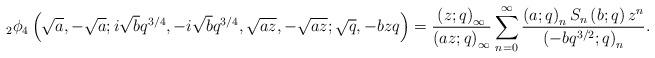
LaTeX: \begin{align*}_{2}\phi_{4}\left(\sqrt{a},-\sqrt{a};i\sqrt{b}q^{3/4},-i\sqrt{b}q^{3/4},\sqrt{az},-\sqrt{az};\sqrt{q},-bzq\right)=\frac{\left(z;q\right)_{\infty}}{\left(az;q\right)_{\infty}}\sum_{n=0}^{\infty}\frac{\left(a;q\right)_{n}S_{n}\left(b;q\right)z^{n}}{\left(-bq^{3/2};q\right)_{n}}.\end{align*}